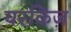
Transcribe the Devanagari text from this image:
यरकिज़